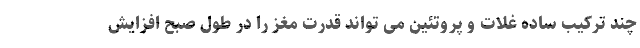
چند ترکیب ساده غلات و پروتئین می تواند قدرت مغز را در طول صبح افزایش